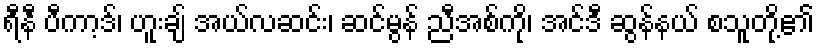
ရီနီ ပီကာ့ဒ်၊ ဟူးချ် အယ်လဆင်း၊ ဆင်မွန် ညီအစ်ကို၊ အင်ဒီ ဆွန်နယ် စသူတို့၏